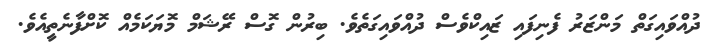
ދުއްވައިގަތް މަންޒަރު ފެނިފައި ޒައިކްވެސް ދުއްވައިގަތެވެ. ބިރުން ގޮސް ރޭޝަމް މޮޔަކަމެއް ކޮށްފާނެތީއެވެ.